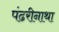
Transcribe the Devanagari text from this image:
पंढरीनाथा